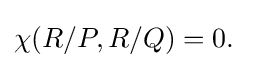
\chi (R/P,R/Q)=0.\